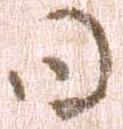
日